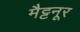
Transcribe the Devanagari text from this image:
मैट्टनूर